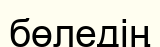
бөледің